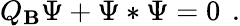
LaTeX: Q_{\mathbf{B}}\Psi+\Psi*\Psi=0\left.\right.\ .